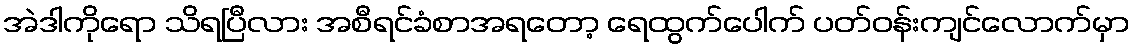
အဲဒါကိုရော သိရပြီလား အစီရင်ခံစာအရတော့ ရေထွက်ပေါက် ပတ်ဝန်းကျင်လောက်မှာ